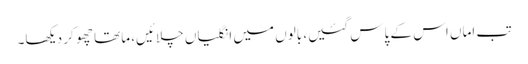
تب اماں اس کے پاس گئیں، بالوں میں انگلیاں چلائیں، ماتھا چھو کر دیکھا۔